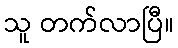
သူ တက်လာပြီ။